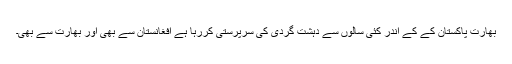
بھارت پاکستان کے کے اندر کئی سالوں سے دہشت گردی کی سرپرستی کررہا ہے افغانستان سے بھی اور بھارت سے بھی۔